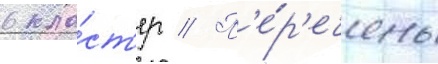
в кла́ст'ер // П'е́р'ечень